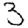
Digit: 3